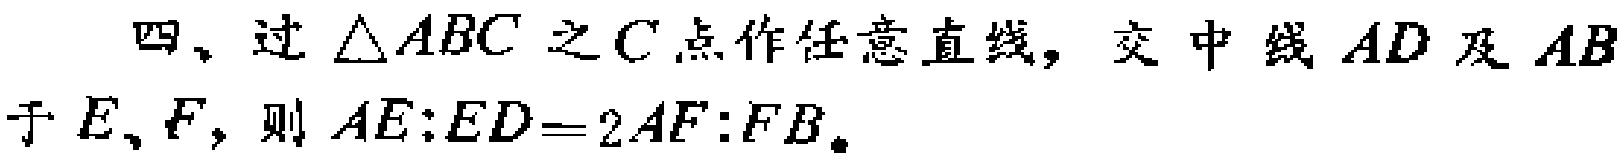
四、过$\triangle ABC$之$C$点作任意直线，交中线$AD$及$AB$于$E、F$，则$AE:ED = 2AF:FB$。